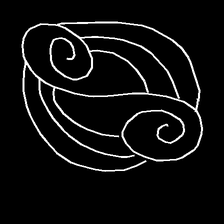
Glyph: wind-underfoot